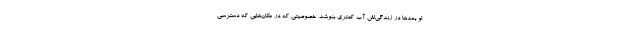
او بعدها در زندگی‌اش آب کمتری بنوشد، خصوصیتی که در مکان‌هایی که دسترسی